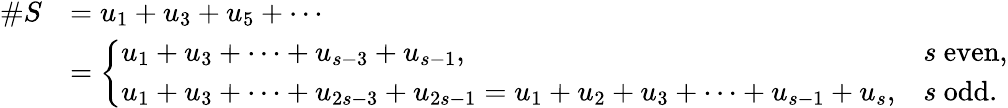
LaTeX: \begin{array}{rl}{\# S}&{=u_{1}+u_{3}+u_{5}+\cdots}\\ &{=\left\{ \begin{array}{ll}{u_{1}+u_{3}+\cdots+u_{s-3}+u_{s-1},}&{s\mathrm{~even},}\\ {u_{1}+u_{3}+\cdots+u_{2s-3}+u_{2s-1}=u_{1}+u_{2}+u_{3}+\cdots+u_{s-1}+u_{s},}&{s\mathrm{~odd}.}\end{array}\right.}\end{array}